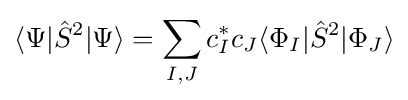
\langle \Psi |{\hat {S}}^{2}|\Psi \rangle =\sum _{I,J}c_{I}^{*}c_{J}\langle \Phi _{I}|{\hat {S}}^{2}|\Phi _{J}\rangle